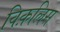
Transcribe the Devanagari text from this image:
विक़लिस